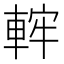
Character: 𨌚